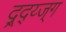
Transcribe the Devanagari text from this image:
द्र्द्य्ज्ग